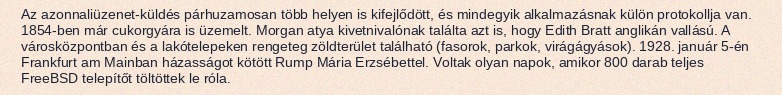
Az azonnaliüzenet-küldés párhuzamosan több helyen is kifejlődött, és mindegyik alkalmazásnak külön protokollja van. 1854-ben már cukorgyára is üzemelt. Morgan atya kivetnivalónak találta azt is, hogy Edith Bratt anglikán vallású. A városközpontban és a lakótelepeken rengeteg zöldterület található (fasorok, parkok, virágágyások). 1928. január 5-én Frankfurt am Mainban házasságot kötött Rump Mária Erzsébettel. Voltak olyan napok, amikor 800 darab teljes FreeBSD telepítőt töltöttek le róla.